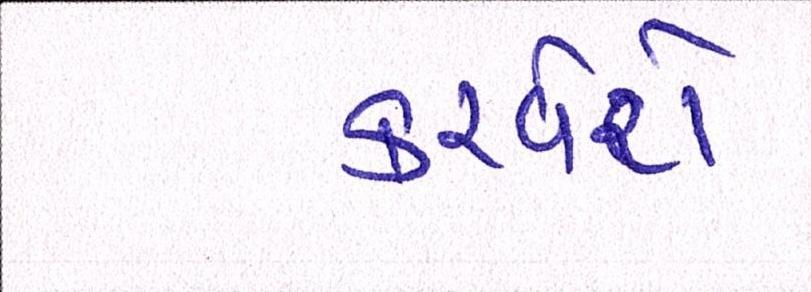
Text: કરવેરો